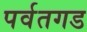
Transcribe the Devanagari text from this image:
पर्वतगड